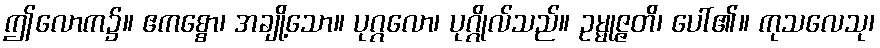
ဤလောက၌။ ဧကစ္စော၊ အချို့သော။ ပုဂ္ဂလော၊ ပုဂ္ဂိုလ်သည်။ ဥမ္မုဇ္ဇတိ၊ ပေါ်၏။ ကုသလေသု၊